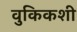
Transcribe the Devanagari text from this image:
वुकिकशी